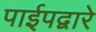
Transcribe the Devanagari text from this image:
पाईपद्वारे